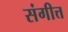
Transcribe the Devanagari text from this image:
संगीत्त